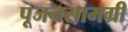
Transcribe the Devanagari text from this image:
पूजनसामग्री